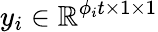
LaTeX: y_{i}\in\mathbb{R}^{\phi_{i}t\times 1\times 1}